Civil Veterinary Department ledger series I-VI
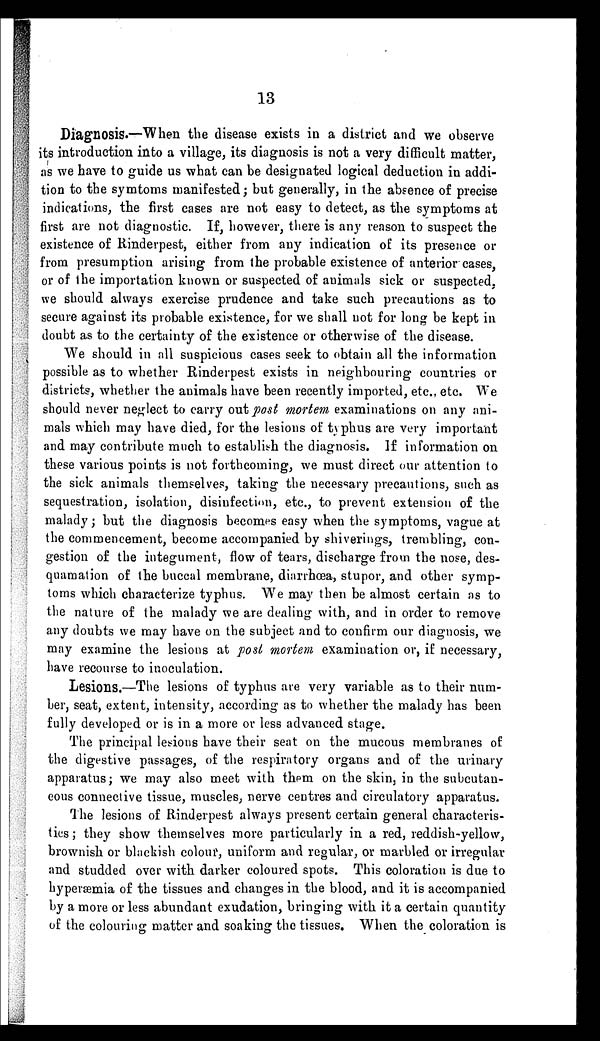
13
Diagnosis.—When the disease exists in a district and we observe
its introduction into a village, its diagnosis is not a very difficult matter,
as we have to guide us what can be designated logical deduction in addi-
tion to the symtoms manifested; but generally, in the absence of precise
indications, the first cases are not easy to detect, as the symptoms at
first are not diagnostic. If, however, there is any reason to suspect the
existence of Rinderpest, either from any indication of its presence or
from presumption arising from the probable existence of anterior cases,
or of the importation known or suspected of animals sick or suspected,
we should always exercise prudence and take such precautions as to
secure against its probable existence, for we shall not for long be kept in
doubt as to the certainty of the existence or otherwise of the disease.
We should in all suspicious cases seek to obtain all the information
possible as to whether Rinderpest exists in neighbouring countries or
districts, whether the animals have been recently imported, etc., etc. We
should never neglect to carry out post mortem examinations on any ani-
mals which may have died, for the lesions of typhus are very important
and may contribute much to establish the diagnosis. If information on
these various points is not forthcoming, we must direct our attention to
the sick animals themselves, taking the necessary precautions, such as
sequestration, isolation, disinfection, etc., to prevent extension of the
malady; but the diagnosis becomes easy when the symptoms, vague at
the commencement, become accompanied by shiverings, trembling, con-
gestion of the integument, flow of tears, discharge from the nose, des-
quamation of the buccal membrane, diarrhœa, stupor, and other symp-
toms which characterize typhus. We may then be almost certain as to
the nature of the malady we are dealing with, and in order to remove
any doubts we may have on the subject and to confirm our diagnosis, we
may examine the lesions at post mortem examination or, if necessary,
have recourse to inoculation.
Lesions.—The lesions of typhus are very variable as to their num-
ber, seat, extent, intensity, according as to whether the malady has been
fully developed or is in a more or less advanced stage.
The principal lesions have their seat on the mucous membranes of
the digestive passages, of the respiratory organs and of the urinary
apparatus; we may also meet with them on the skin, in the subcutan-
eous connective tissue, muscles, nerve centres and circulatory apparatus.
The lesions of Rinderpest always present certain general characteris-
tics; they show themselves more particularly in a red, reddish-yellow,
brownish or blackish colour, uniform and regular, or marbled or irregular
and studded over with darker coloured spots. This coloration is due to
hyperæmia of the tissues and changes in the blood, and it is accompanied
by a more or less abundant exudation, bringing with it a certain quantity
of the colouring matter and soaking the tissues. When the coloration is